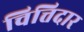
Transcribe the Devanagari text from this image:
चित्तिदार